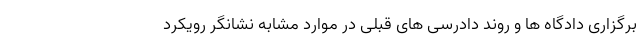
برگزاری دادگاه ها و روند دادرسی های قبلی در موارد مشابه نشانگر رویکرد